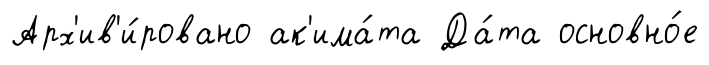
Арх'ив'и́ровано ак'има́та Да́та основно́е